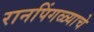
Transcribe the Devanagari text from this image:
रानपिंगळ्याचे